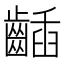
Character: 𪘾